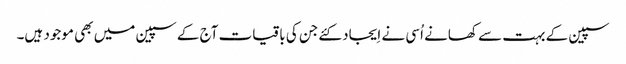
سپین کے بہت سے کھانے اُسی نے اِیجاد کئےجن کی باقیات آج کے سپین میں بھی موجود ہیں۔